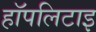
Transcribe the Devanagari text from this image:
हॉपलिटाइ